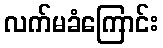
လက်မခံကြောင်း